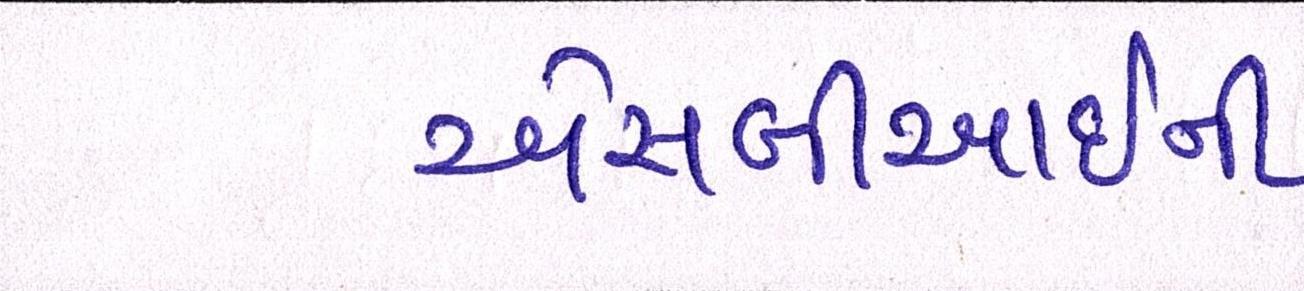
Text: એસબીઆઇની